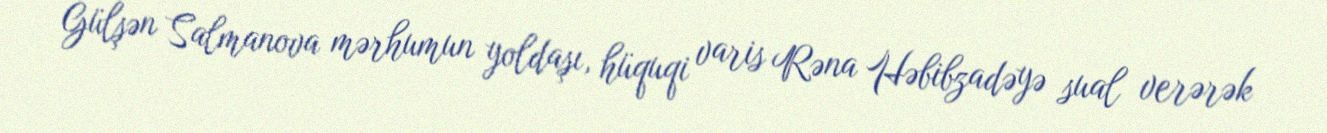
Gülşən Salmanova mərhumun yoldaşı, hüquqi varis Rəna Həbibzadəyə sual verərək